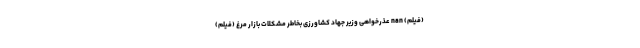
(فیلم) nan عذرخواهی وزیر جهاد کشاورزی بخاطر مشکلات بازار مرغ (فیلم)